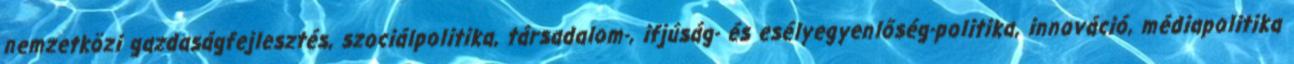
nemzetközi gazdaságfejlesztés, szociálpolitika, társadalom-, ifjúság- és esélyegyenlőség-politika, innováció, médiapolitika